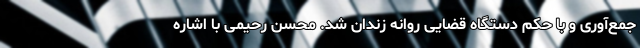
جمع‌آوری و با حکم دستگاه قضایی روانه زندان شد. محسن رحیمی با اشاره